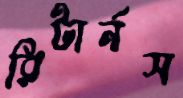
রিটার্নস